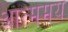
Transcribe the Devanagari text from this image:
आत्ममय